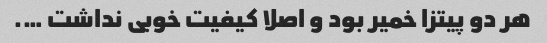
هر دو پیتزا خمیر بود و اصلا کیفیت خوبی نداشت ….